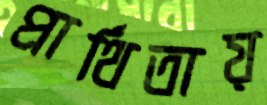
প্রার্থিতায়